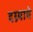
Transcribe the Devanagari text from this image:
दग्र्याचे